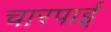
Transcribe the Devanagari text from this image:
चारपार्इ